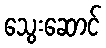
သွေးဆောင်